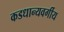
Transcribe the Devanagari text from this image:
कडधान्यवर्गीय